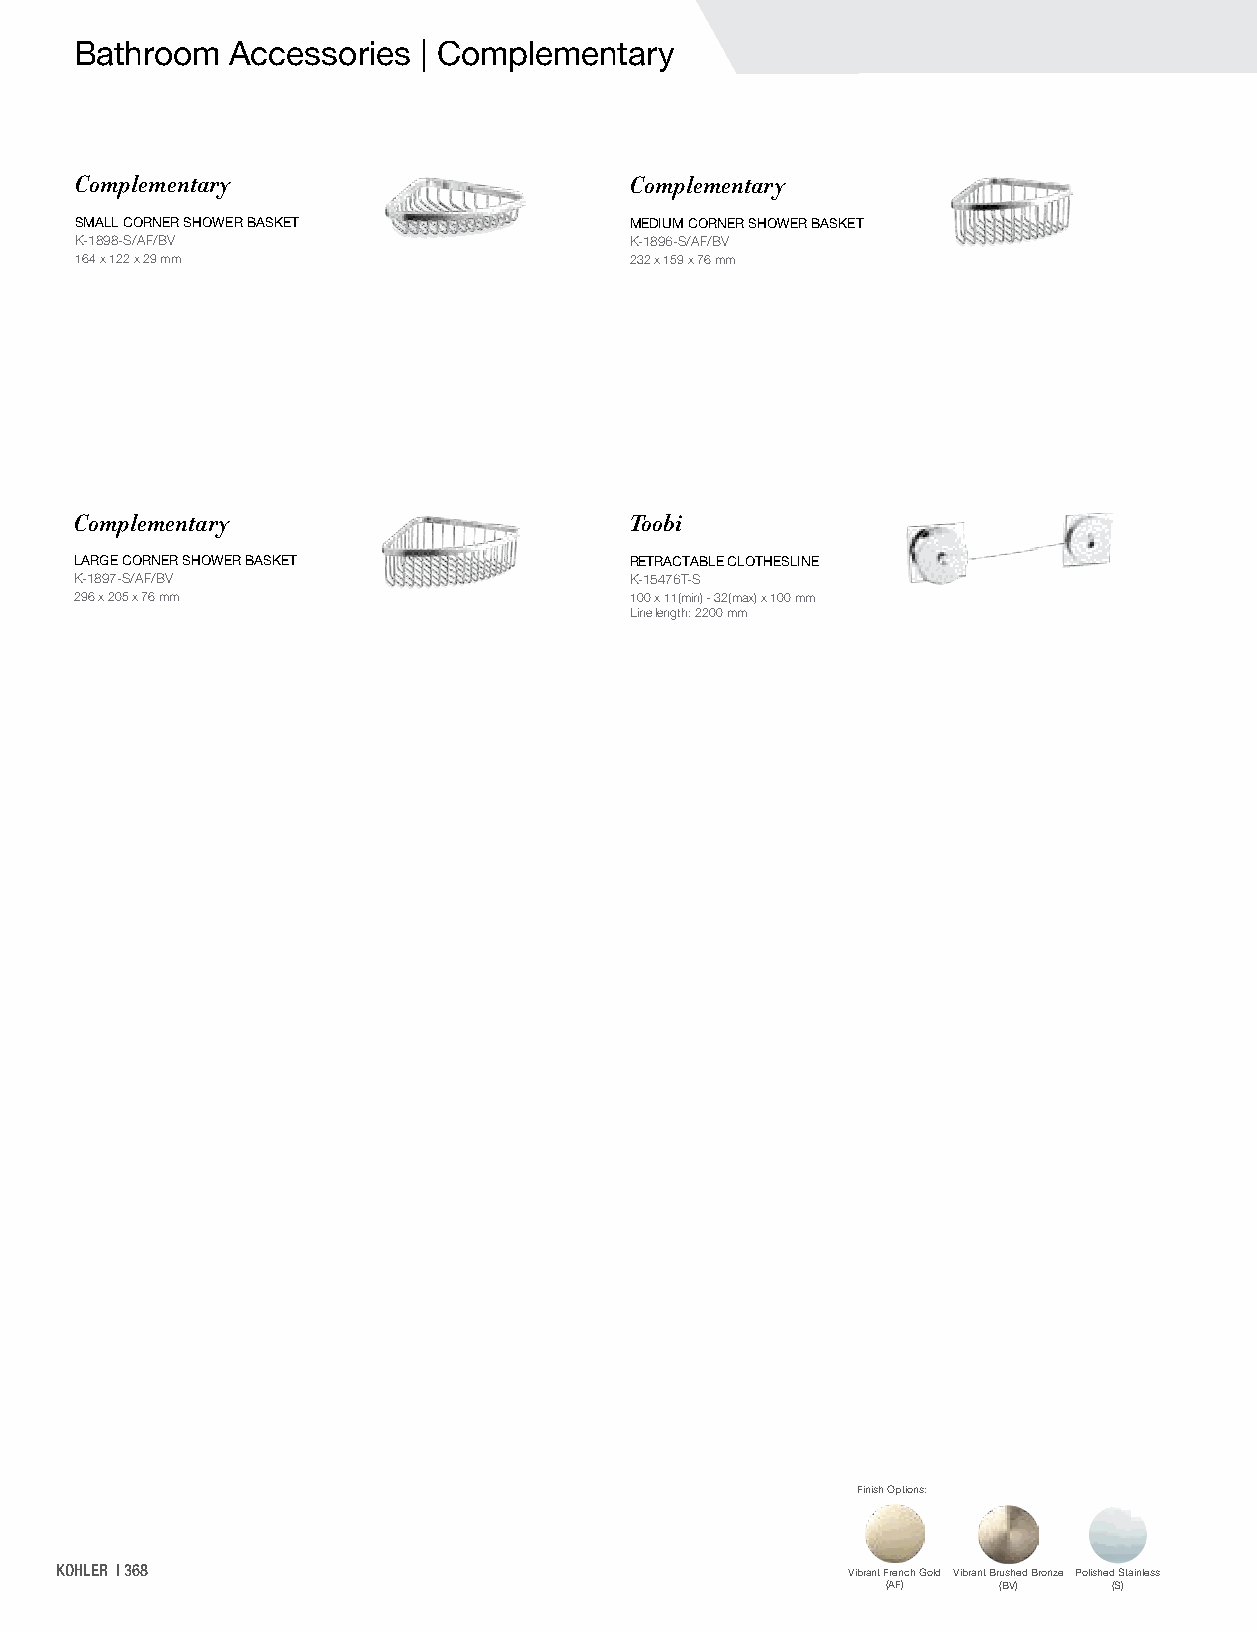
Bathroom  Accessories  | Complementary
 Complementary                        Complementary
 SMALL CORNER SHOWER BASKET           MEDIUM CORNER SHOWER BASKET
 K-1898-S/AF/BV                       K-1896-S/AF/BV
 164 x 122 x 29 mm                    232 x 159 x 76 mm
 Complementary                        Toobi
 LARGE CORNER SHOWER BASKET           RETRACTABLE CLOTHESLINE
 K-1897-S/AF/BV                       K-15476T-S
 296 x 205 x 76 mm                    100 x 11(min) - 32(max) x 100 mm
 Line length: 2200 mm
 Finish Options:
 KOHLER | 368                                        Vibrant French Gold Vibrant Brushed Bronze Polished Stainless
 (AF)   (BV)    (S)